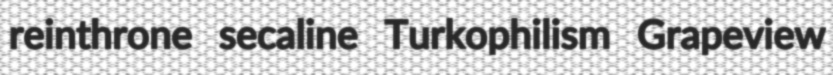
reinthrone secaline Turkophilism Grapeview